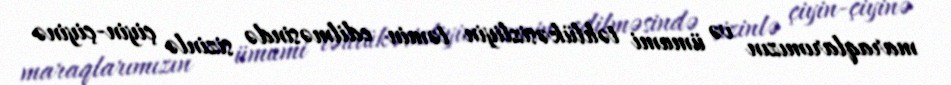
maraqlarımızın və ümumi təhlükəsizliyin təmin edilməsində sizinlə çiyin-çiyinə